Vaccine operations Central Provinces & Berar 1912-1920 - 1912-1920
Year: 1912
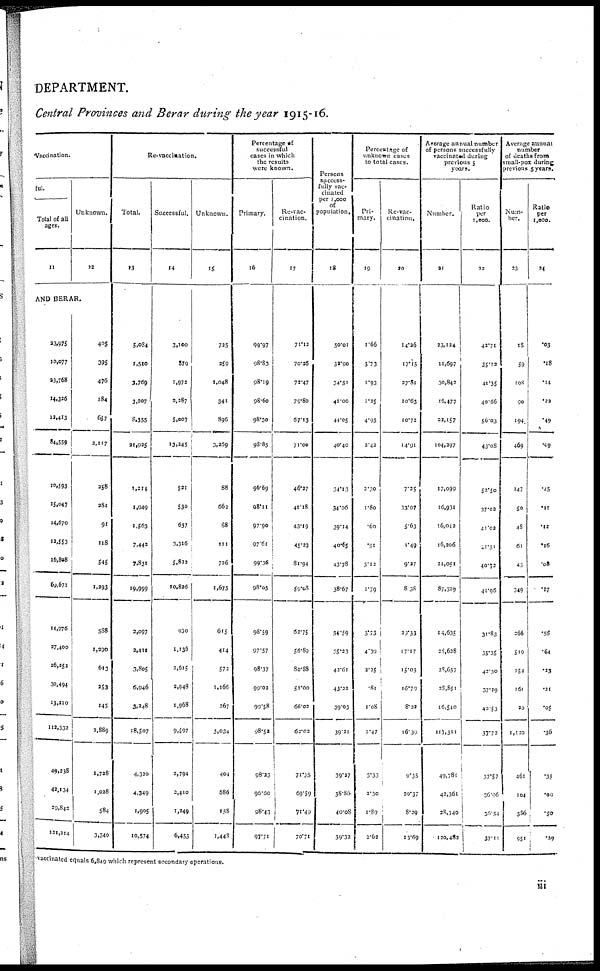
DEPARTMENT.
Central Provinces and Berar during the year 1915-16.
Vaccination.
ful.
Total of all
ages.
11
Unknown.
12
AND BERAR.
23,975
10,077
23,768
14,326
12,413
84,559
10,593
15,047
14,670
12,553
16,808
69,671
14,976
27,400
26,252
30,494
13,210
112,332
49,238
42,134
29,842
121,214
405
395
476
184
657
2,117
258
281
91
118
545
1,393
588
1,290
613
253
143
2,889
1,728
1,028
584
3,340
Re-vaccination.
Total.
13
5,084
1,510
3,769
3,207
8,355
21,925
1,214
1,949
1,563
7,442
7,831
19,999
2,097
2,411
3,805
6,946
3,248
18,507
4,320
4,349
1,905
10,574
Successful.
14
3,100
879
1,972
2,287
5,007
13,245
521
530
637
3,316
5,812
10,826
930
1,136
2,615
2,948
1,968
9,597
2,794
2,410
1,249
6,453
Unknown.
15
725
259
1,048
341
896
3,269
88
662
88
111
726
1,675
615
414
572
1,166
267
3,034
404
886
158
1,448
Percentage of
successful
cases in which
the results
were known.
Primary.
16
99.97
98.83
98.19
98.60
98.30
98.85
96.69
98.11
97.90
97.61
99.36
98.05
98.59
97.57
98.37
99.02
99.58
98.52
98.23
96.60
98.43
97.71
Re-vac-
cination.
17
71.12
70.26
72.47
79.80
67.13
71.00
46.27
41.18
43.19
45.23
81.94
59.08
62.75
56.89
80.88
51.00
66.02
62.02
71.35
69.59
71.49
70.71
Persons
success-
fully vac-
cinated
per 1,000
of
population.
18
50.01
32.90
34.51
41.00
44.05
40.40
34.13
34.06
39.14
40.65
43.78
38.67
34.59
35.23
42.61
43.22
39.03
39.31
39.27
38.86
40.08
39.32
Percentage of
unknown cases
to total cases.
Pri-
mary.
19
1.66
3.73
1.93
1.25
4.95
2.42
2.30
1.80
.60
.91
3.12
1.79
3.73
4.39
2.25
.81
1.08
2.47
3.33
2.30
1.89
2.62
Re-vac-
cination.
20
14.26
17.15
27.81
10.63
10.72
14.91
7.35
33.97
5.63
1.49
9.37
8.38
29.33
17.17
15.03
16.79
8.22
16.39
9.35
20.37
8.29
13.69
Average annual number
of persons successfully
vaccinated during
previous 5
years.
Number.
21
23,124
11,697
30,842
16,477
22,157
104,397
17,099
16,931
16,042
16,206
21,051
87,329
14,635
28,628
28,657
28,851
16,540
117,311
49,781
43,361
28,340
120,482
Ratio
per
1,000.
22
42.71
35.12
41.35
40.66
56.03
43.08
52.50
37.02
41.02
41.51
40.72
41.96
31.83
35.35
42.30
37.39
42.53
37.72
37.57
36.96
36.54
37.11
Average annual
number
of deaths from
small-pox during
previous 5 years.
Num-
ber.
23
18
59
108
90
194
469
147
50
48
61
43
349
266
519
154
161
20
1,120
461
104
386
951
Ratio
per
1,000.
24
.03
.18
.14
.22
.49
.19
.45
.11
.12
.16
.03
.17
.58
.64
.23
.21
.05
.36
.35
.09
.50
.29
vaccinated equals 6,840 which represent secondary operations.
iii